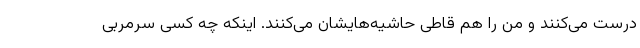
درست می‌کنند و من را هم قاطی حاشیه‌هایشان می‌کنند. اینکه چه کسی سرمربی